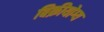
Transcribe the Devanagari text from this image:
बिक्रीयोग्य